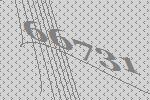
66731